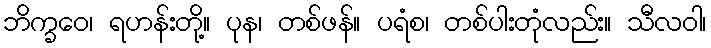
ဘိက္ခဝေ၊ ရဟန်းတို့။ ပုန၊ တစ်ဖန်။ ပရံစ၊ တစ်ပါးတုံလည်း။ သီလဝါ၊